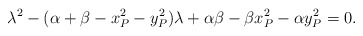
\begin{align*}\lambda^2-(\alpha+\beta-x_P^2-y_P^2)\lambda+\alpha\beta-\beta x_P^2-\alpha y_P^2=0.\end{align*}